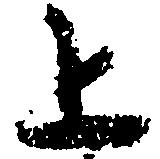
上